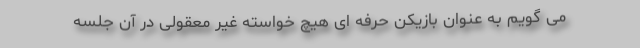
می گویم به عنوان بازیکن حرفه ای هیچ خواسته غیر معقولی در آن جلسه